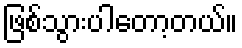
ဖြစ်သွားပါတော့တယ်။